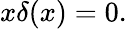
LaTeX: x\delta(x)=0.